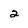
Character: 2